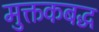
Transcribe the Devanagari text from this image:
मुक्तकबद्ध